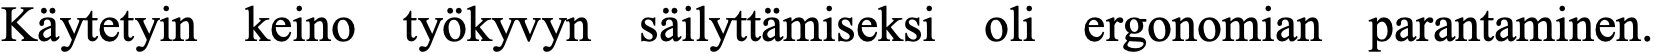
Käytetyin keino työkyvyn säilyttämiseksi oli ergonomian parantaminen.